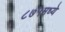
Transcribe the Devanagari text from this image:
८७५मध्ये